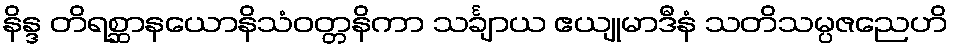
နိန္ဒ တိရစ္ဆာနယောနိသံဝတ္တနိကာ သင်္ချာယ ဧယျုမာဒီနံ သတိသမ္ပဇညေဟိ